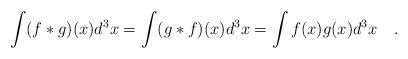
LaTeX: \begin{align*}\int (f*g)(x) d^{3}x = \int (g*f)(x) d^{3}x = \int f(x)g(x)d^{3}x ~~~.\end{align*}